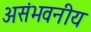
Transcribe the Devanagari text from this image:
असंभवनीय